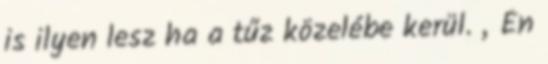
is ilyen lesz ha a tűz közelébe kerül. „Én